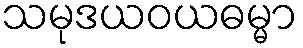
သမုဒယဝယဓမ္မာ